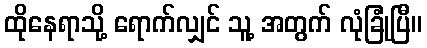
ထိုနေရာသို့ ရောက်လျှင် သူ့ အတွက် လုံခြုံပြီ။